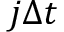
j \Delta t